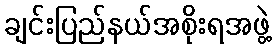
ချင်းပြည်နယ်အစိုးရအဖွဲ့